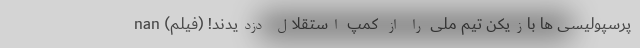
پرسپولیسی ها بازیکن تیم ملی را از کمپ استقلال دزدیدند! (فیلم) nan